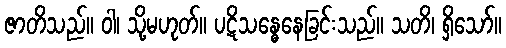
ဇာတိသည်။ ဝါ၊ သို့မဟုတ်။ ပဋိသန္ဓေနေခြင်းသည်။ သတိ၊ ရှိသော်။